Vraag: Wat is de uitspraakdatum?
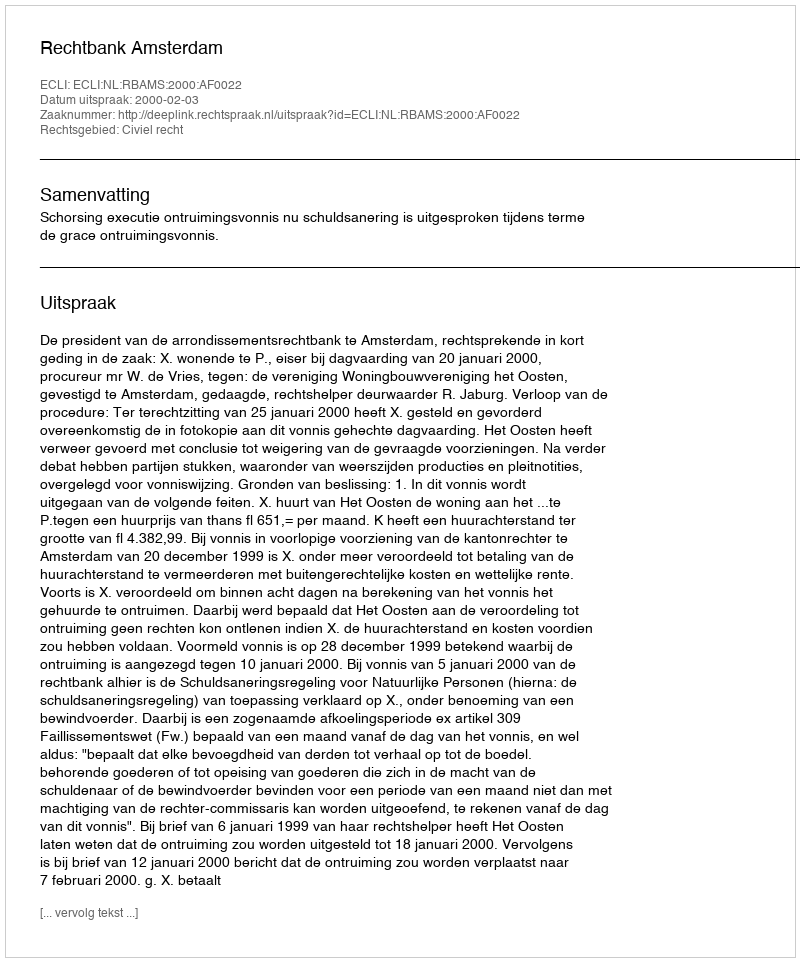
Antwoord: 2000-02-03